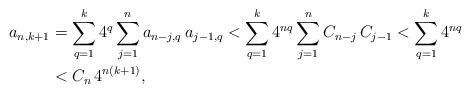
LaTeX: \begin{align*} a_{n,k+1}&= \sum_{q=1}^k 4^q\sum_{j=1}^n a_{n-j,q}\, a_{j-1,q}<\sum_{q=1}^k 4^{nq}\sum_{j=1}^n C_{n-j}\, C_{j-1}< \sum_{q=1}^k 4^{nq}\\ &< C_n \,4^{n(k+1)}, \end{align*}